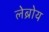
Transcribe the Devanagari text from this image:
लेब्रोय